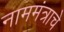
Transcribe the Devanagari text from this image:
नाममंत्राचे